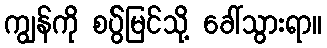
ကျွန်ကို စပ်ွ်မြင်သို့ ခေါ်သွားရာ။